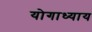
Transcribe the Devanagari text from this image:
योगाध्याय